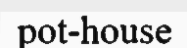
pot-house